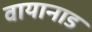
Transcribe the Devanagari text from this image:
वायानाड